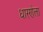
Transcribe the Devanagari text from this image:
धारणेला